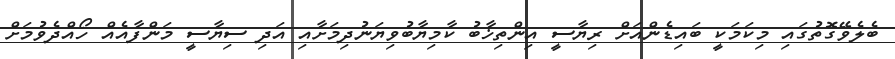
ބެލެވޭގޮތުގައި މިކަމަކީ ބައިޑެންއަށް ރިޔާސީ އިންތިޚާބު ކާމިޔާބުވިޔަނުދިމަށާއި އަދި ސިޔާސީ މަންފާއެއް ހޯއްދެވުމަށް